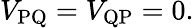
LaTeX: V_{\mathrm{PQ}}=V_{\mathrm{QP}}=0.